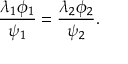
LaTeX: \frac { \lambda _ { 1 } \phi _ { 1 } } { \psi _ { 1 } } = \frac { \lambda _ { 2 } \phi _ { 2 } } { \psi _ { 2 } } .